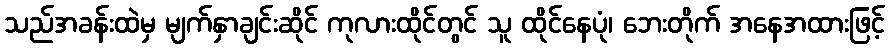
သည်အခန်းထဲမှ မျက်နှာချင်းဆိုင် ကုလားထိုင်တွင် သူ ထိုင်နေပုံ၊ ဘေးတိုက် အနေအထားဖြင့်